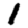
Digit: 1